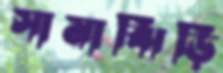
সামাঝিড়ি